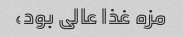
مزه غذا عالی بود،